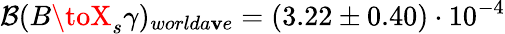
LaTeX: {\cal{B}}(B\toX_{s}\gamma)_{worlda\mathbf{v}e}=(3.22\pm0.40)\cdot10^{-4}